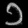
Digit: ၁